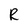
Character: R